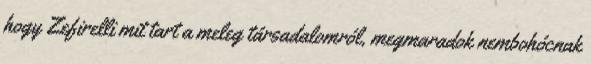
hogy Zefirelli mit tart a meleg társadalomról, megmaradok nembohócnak